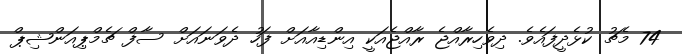
74 މެޗު ކުޅެދީފައެވެ. ދިވެހިރާއްޖެ ރާއްޖެއަކީ އިންޑިއާއަށް ފަހު ދެވަނައަށް ސާފް ޗެމްޕިއަންޝިޕް